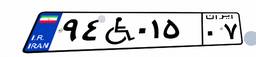
۹۴W۰۱۵۰۷